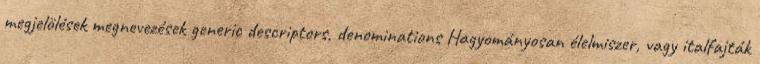
megjelölések megnevezések generic descriptors, denominations Hagyományosan élelmiszer, vagy italfajták